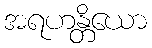
အရဟန္တိယော